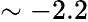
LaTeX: \sim-2.2